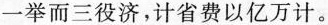
一举而三役济，计省费以亿万计。